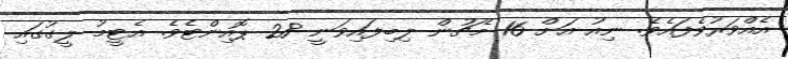
އެއްވަރުވެފައެވެ. ނިއު އަށް 16 މެޗުން ލިބިފައިވަނީ 28 ޕޮއިންޓެވެ. އެޓީމު ލީގުގައި